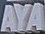
AYA